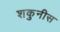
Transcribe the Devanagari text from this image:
शकुनीस